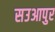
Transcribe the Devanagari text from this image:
सउआपुर